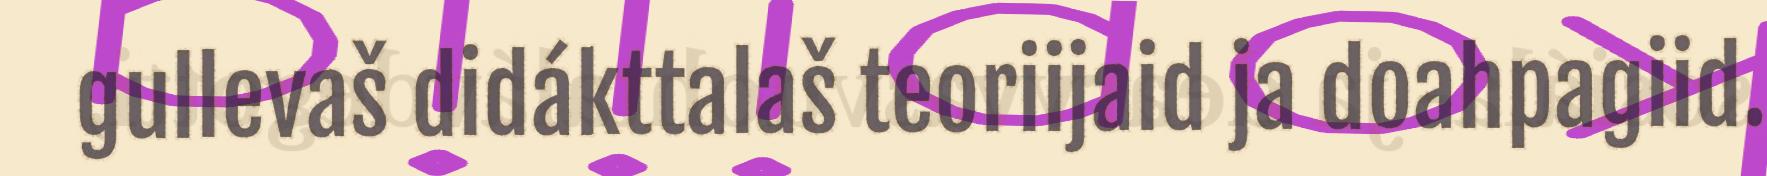
gullevaš didákttalaš teoriijaid ja doahpagiid.